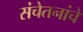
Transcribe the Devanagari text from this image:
संचेतनांचे